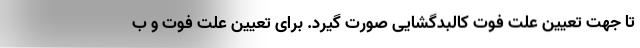
تا جهت تعیین علت فوت کالبدگشایی صورت گیرد. برای تعیین علت فوت و ب